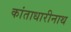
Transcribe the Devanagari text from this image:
कांताधारीनाथ